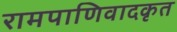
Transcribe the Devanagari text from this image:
रामपाणिवादकृत